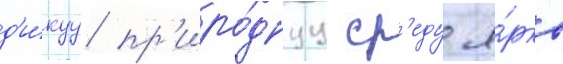
д'и́куу пр'иро́днуу ср'еду я́рко